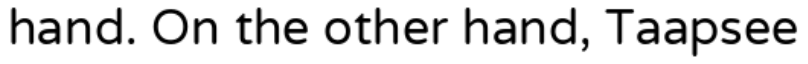
hand. On the other hand, Taapsee